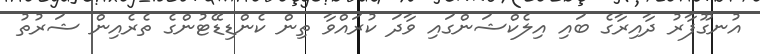
އުނގޫފާރު ދާއިރާގެ ބައި އިލެކްޝަންގައި ވާދަ ކުރައްވާ ތިން ކެންޑިޑޭޓުންގެ ތެރެއިން ޝަރުތު